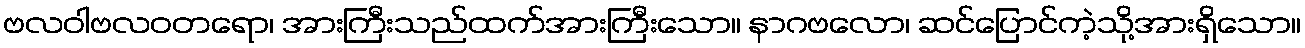
ဗလဝါဗလဝတရော၊ အားကြီးသည်ထက်အားကြီးသော။ နာဂဗလော၊ ဆင်ပြောင်ကဲ့သို့အားရှိသော။